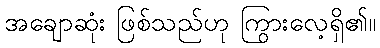
အချောဆုံး ဖြစ်သည်ဟု ကြွားလေ့ရှိ၏။